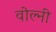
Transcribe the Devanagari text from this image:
वोल्नी